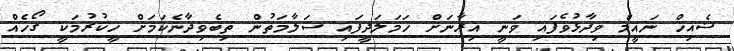
ޝެއިހް ނައީމް ވިދާޅުވެފައި ވަނީ އިރާނަށް ހަމަލަދީފައި ސަލާމަތުން ތިބެވިދާނެކަމަށް ހީކުރުމަކީ ގޯހެއް